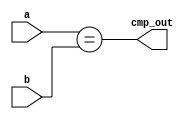
`timescale 1ns / 1ps
//////////////////////////////////////////////////////////////////////////////////
// Company: 
// Engineer: 
// 
// Design Name: 
// Module Name:    suber 
// Project Name: 
// Target Devices: 
// Tool versions: 
// Description: 
//
// Dependencies: 
//
// Revision: 
// Revision 0.01 - File Created
// Additional Comments: 
//
//////////////////////////////////////////////////////////////////////////////////
module comparer(a,b,cmp_out);
parameter BUS_SIZE = 10;
input [BUS_SIZE-1:0] a,b;
output cmp_out;
assign cmp_out = (a == b);
endmodule

/*module comparer(clock,a,b,cmp_out);

parameter BUS_SIZE = 10;

input clock;
input [BUS_SIZE-1:0] a,b;
output reg cmp_out;

initial cmp_out = 0;

always@ (posedge clock)
	begin
		cmp_out = (a == b);
	end
	
endmodule*/